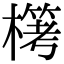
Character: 𣛖